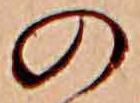
の